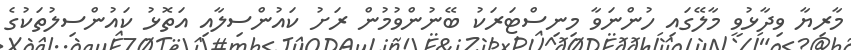
މާރިޔާ ވިދާޅުވީ މާލޭގައި ހުންނަވާ މިނިސްޓަރަކު ބޭނުންވުމުން ރަށު ކައުންސިލާއި އަތޮޅު ކައުންސިލުތަކުގެ